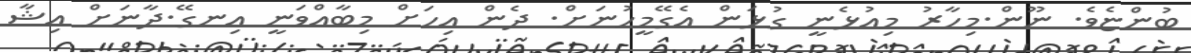
ބުންޏެވެ. ނޫން.މިހާރު މިއުޅެނީ ގުޅަން އެގޭމީހުނަށް. ދެން އިހަށް މިބާއްވަނީ އިނގޭ.ދާނަށް އިޝާ